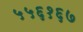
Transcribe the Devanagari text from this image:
५५६१६७